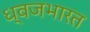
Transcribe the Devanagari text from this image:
ध्वजभारत